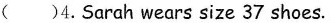
( )4.Sarah wears size 37 shoes.